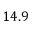
1 4 . 9